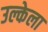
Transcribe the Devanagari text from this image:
उल्केला